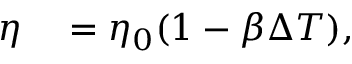
\begin{array} { r l } { \eta } & { { } = \eta _ { 0 } ( 1 - \beta \Delta T ) , } \end{array}